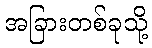
အခြားတစ်ခုသို့